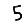
Digit: 5